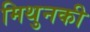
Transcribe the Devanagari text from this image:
मिथुनकी